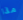
ماذا